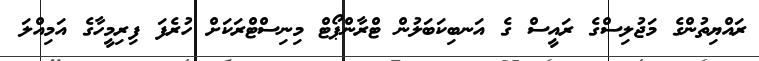
ރައްޔިތުންގެ މަޖުލިސްގެ ރައީސް ގެ އަނބިކަބަލުން ޓްރާންޕޯޓް މިނިސްޓްރަކަށް ހުރެފަ ފިރިމީހާގެ އަމިއްލަ